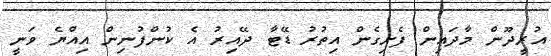
އުރީދޫން މާދައިން ފެށިގެން އިތުުރު ޑޭޓާ ދޭއިރު އެ ކުންފުނިން އިއްޔެ ވަނީ